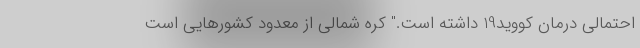
احتمالی درمان کووید19 داشته است." کره شمالی از معدود کشورهایی است